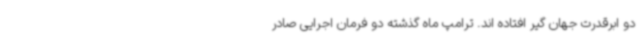
دو ابرقدرت جهان گیر افتاده اند. ترامپ ماه گذشته دو فرمان اجرایی صادر